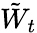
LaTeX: {\tilde{W}}_{t}